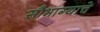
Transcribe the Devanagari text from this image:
सौभाग्याचे